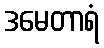
ဒမေတာရံ